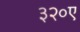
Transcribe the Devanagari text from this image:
३२०ए